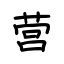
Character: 营